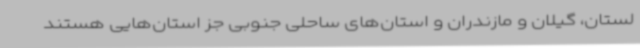
لستان، گیلان و مازندران و استان‌های ساحلی جنوبی جز استان‌هایی هستند